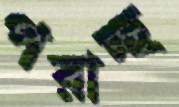
পরাচ্ছ